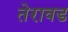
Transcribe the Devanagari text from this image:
तेरावड